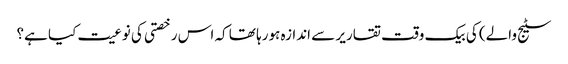
سٹیج والے) کی بیک وقت تقاریر سے اندازہ ہورہا تھا کہ اس رخصتی کی نوعیت کیا ہے؟